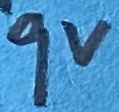
Text: 9V